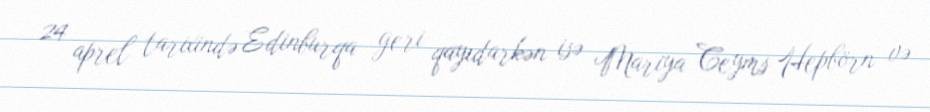
24 aprel tarixində Edinburqa geri qayıdarkən isə Mariya Ceyms Hepbörn və